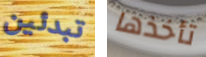
تبدئين تأخذها